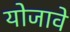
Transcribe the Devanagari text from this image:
योजावे